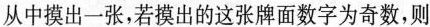
从中摸出一张，若摸出的这张牌面数字为奇数，则